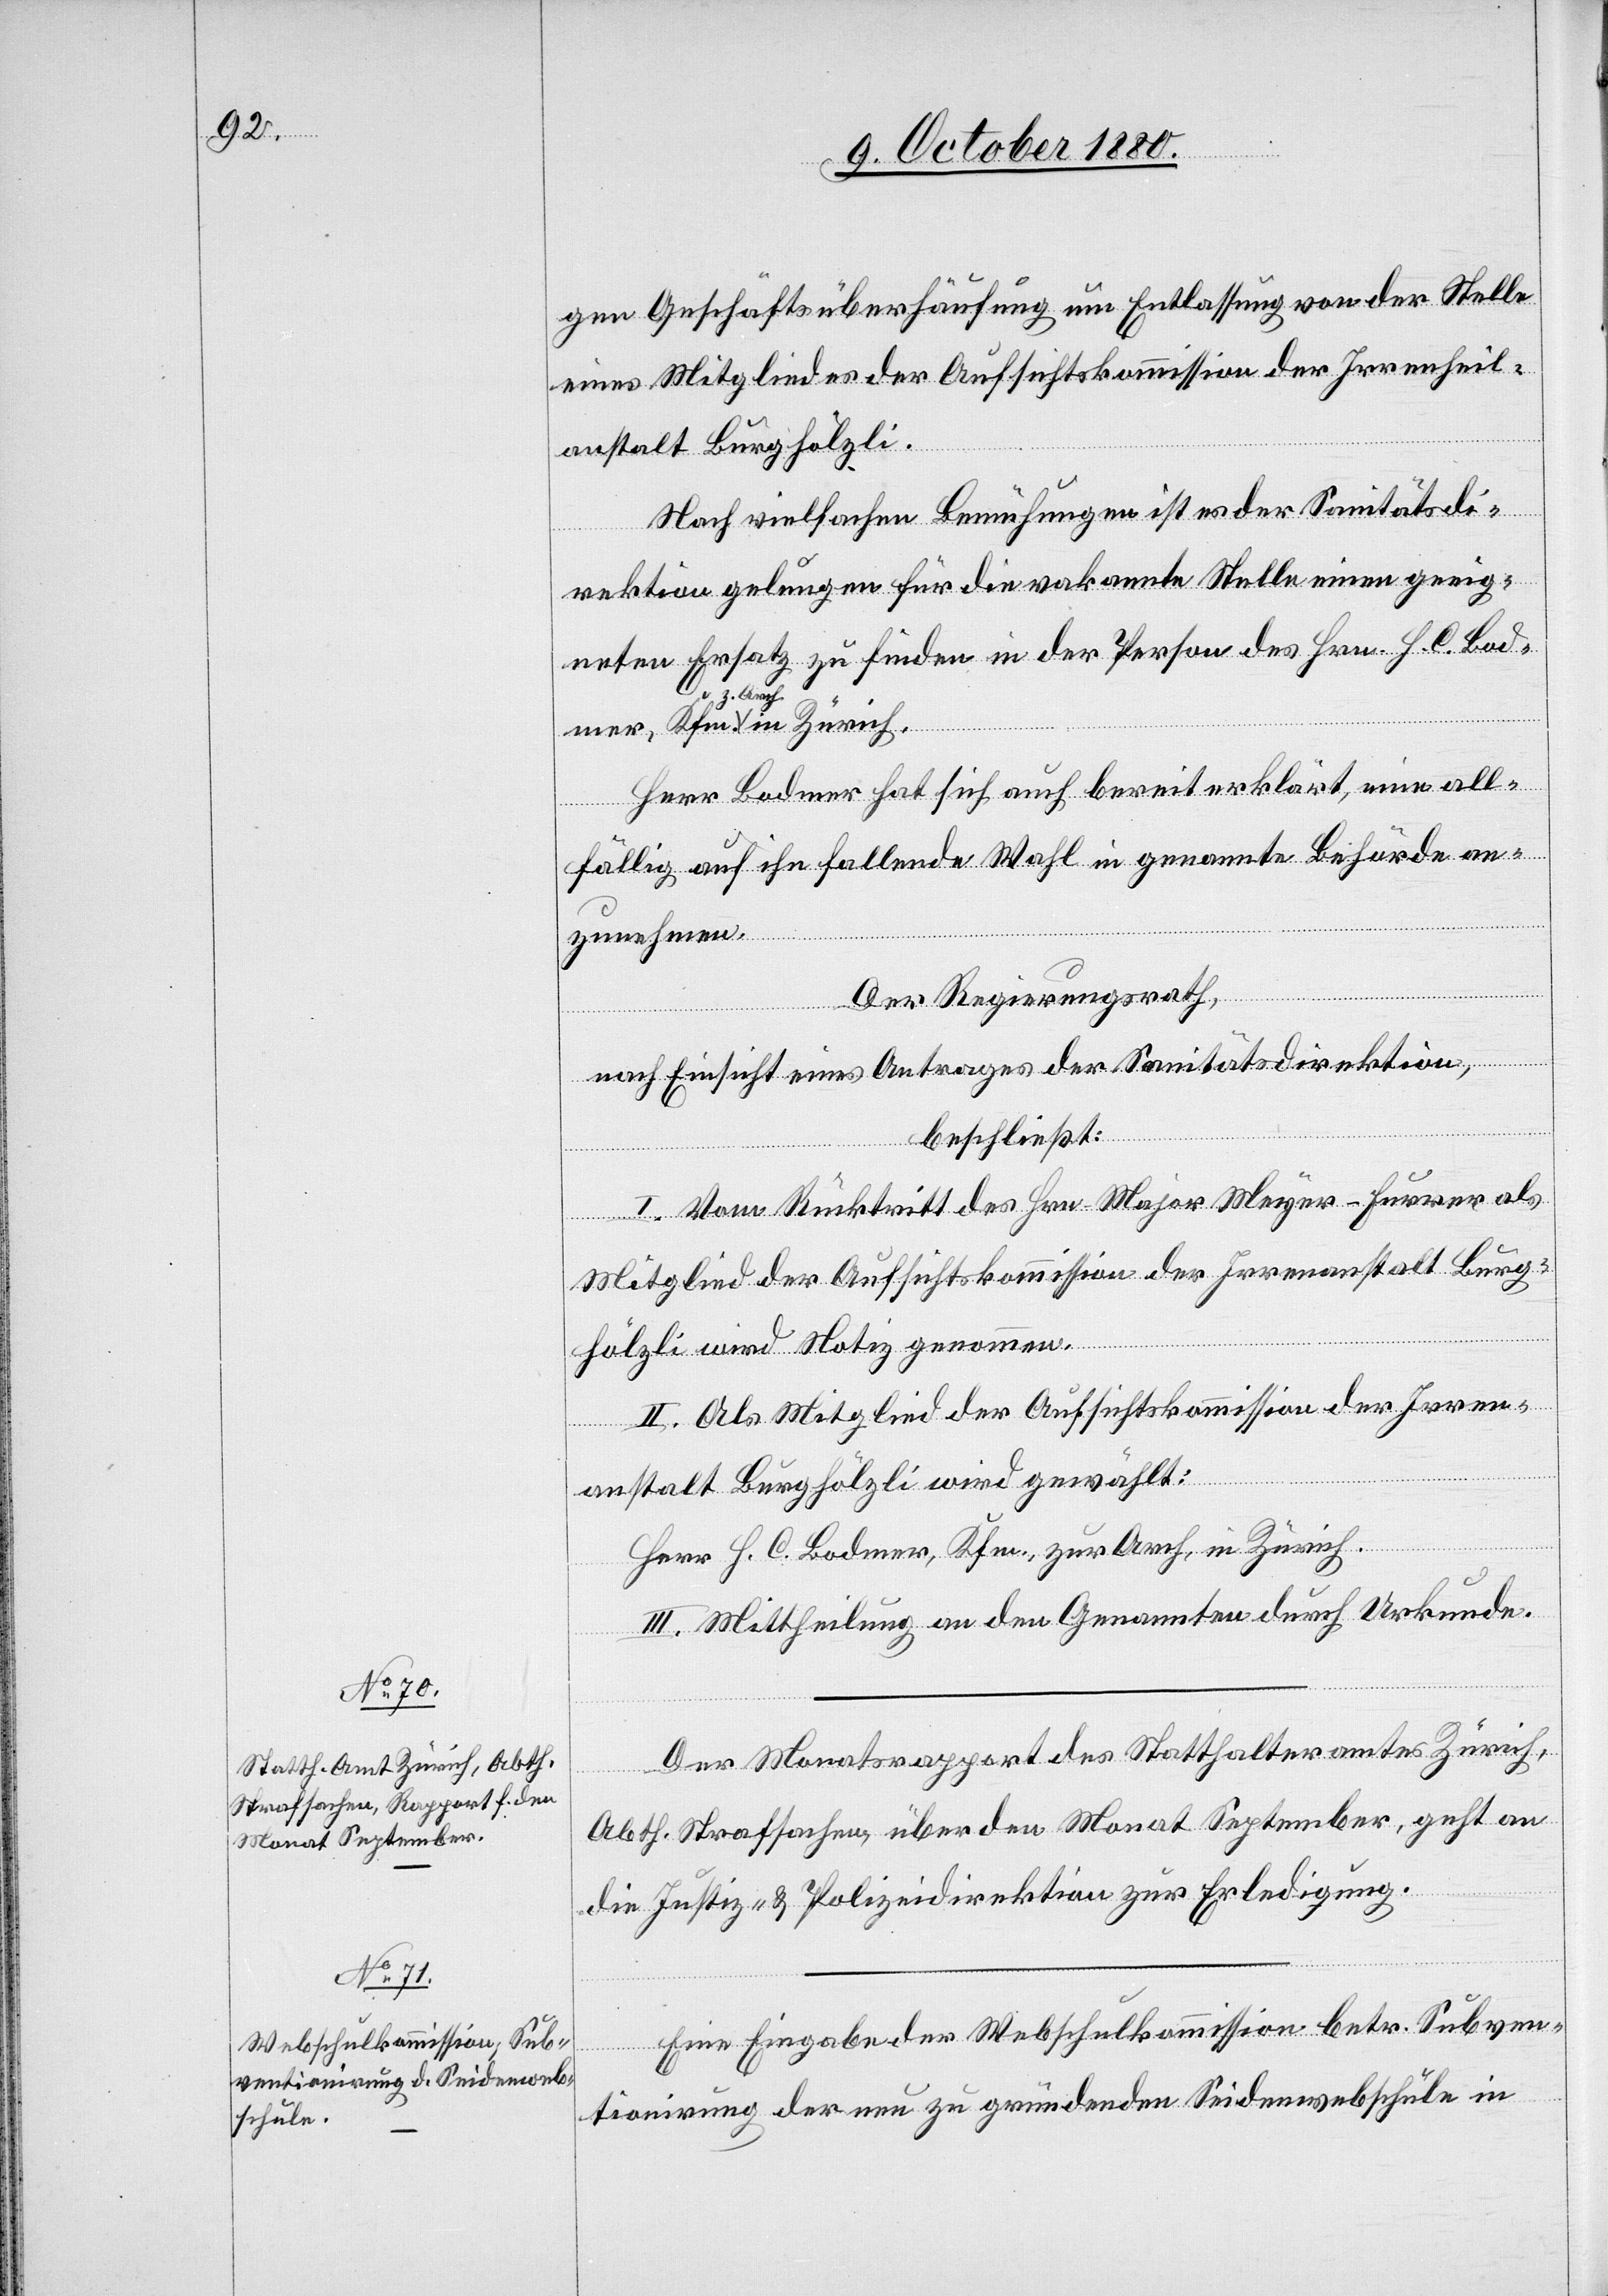
gen Geschäftsüberhäufung um Entlassung von der Stelle
eines Mitgliedes der Aufsichtskommission der Irren¬
anstalt Burghölzli.
Nach vielfachen Bemühungen ist es der Sanitätsdi¬
rektion gelungen für die vakante Stelle einen geeig¬
neten Ersatz zu finden in der Person des Hrn. H. C. Bod¬
Zürich.
Herr Bodmer hat sich auch bereit erklärt, eine all¬
fällig auf ihn fallende Wahl in genannte Behörde an¬
zunehmen.
Der Regierungsrath,
nach Einsicht eines Antrages der Sanitätsdirektion,
beschließt:
I. Vom Rücktritt des Hrn. Major Meyer-Furrer als
Mitglied der Aufsichtskommission der Irrenanstalt Burg¬
in
hölzli wird Notiz genommen.
II. Als Mitglied der Aufsichtskommission der Irren¬
mer,
anstalt Burghölzli wird gewählt:
Herr H. C. Bodmer, Kfm., zur Arch, in Zürich.
III. Mittheilung an den Genannten durch Urkunde.
Der Monatsrapport des Statthalteramtes Zürich,
Abth. Strafsachen, über den Monat September, geht an
die Justiz- & Polizeidirektion zur Erledigung.
Eine Eingabe der Webschulkommission betr. Subven¬
tionirung der neu zu gründenden Seidenwebschule in